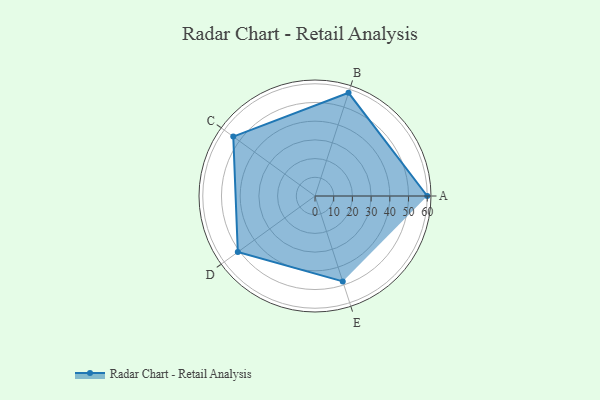
{"axis": {"x": "Skill", "y": "Score"}, "legend": ["Profile"], "data": [{"x": "A", "y": 60.0, "type": "Profile"}, {"x": "B", "y": 58.0, "type": "Profile"}, {"x": "C", "y": 54.0, "type": "Profile"}, {"x": "D", "y": 51.0, "type": "Profile"}, {"x": "E", "y": 48.0, "type": "Profile"}]}